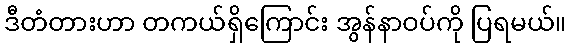
ဒီတံတားဟာ တကယ်ရှိကြောင်း အွန်နာဝပ်ကို ပြရမယ်။